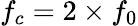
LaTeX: f_{c}=2\times f_{0}